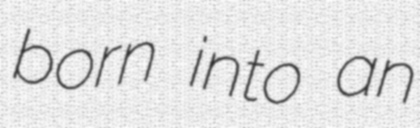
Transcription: born into an